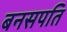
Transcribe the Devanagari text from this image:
बनसपति